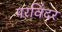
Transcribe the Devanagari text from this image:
परविंदर